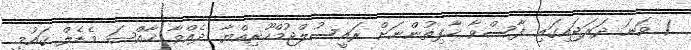
1 ވަނަ ދަރަޖައިގައި ފާސްވާ ޙާފިޡުންނަށް ރައީސުލްޖުމްހޫރިއްޔާ ދެއްވާ ޚާއްޞަ މެޑެލް ޤައުމީ